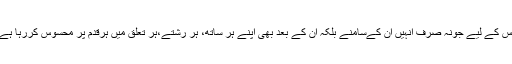
اُس کے لیے جونہ صرف اُنہیں اُن کےسامنے بلکہ اُن کے بعد بھی اپنے ہر ساتھ، ہر رشتے،ہر تعلق میں ہرقدم پر محسوس کررہا ہے۔